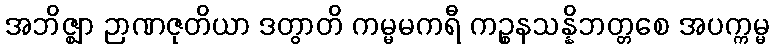
အဘိဇ္ဈာ ဉာဏဇုတိယာ ဒတွာတိ ကမ္မမကရီ ကဉ္စနသန္နိဘတ္တစေ အပက္ကမ္မ